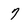
Character: 7